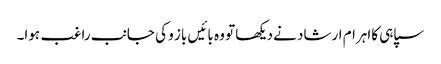
سپاہی کااہرام ارشاد نے دیکھا تو وہ بائیں باز و کی جانب راغب ہوا۔